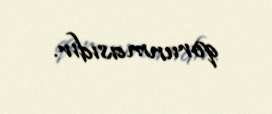
qorunmasıdır.